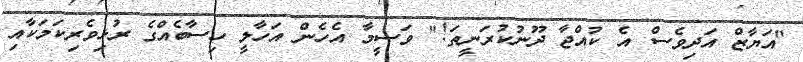
"އަޔާޒް އަދިވެސް އެ ކުއްޖާ ދޫނުކުރަނީތަ!" ވަސީމާ އެހެން އަހާލީ ހިސާބެއްގެ ރުޅިވެރިކަމަކާއި